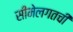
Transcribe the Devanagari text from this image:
सीमेलगतची